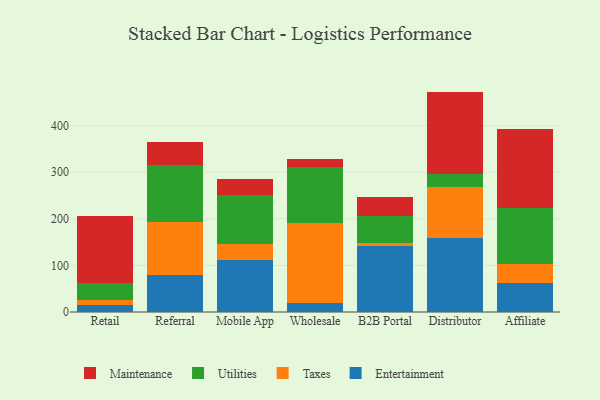
{"axis": {"x": "Channel", "y": "Net Income (USD K)"}, "legend": ["Entertainment", "Maintenance", "Taxes", "Utilities"], "data": [{"x": "Retail", "y": 14.4, "type": "Entertainment"}, {"x": "Retail", "y": 12.3, "type": "Taxes"}, {"x": "Retail", "y": 36.3, "type": "Utilities"}, {"x": "Retail", "y": 142.9, "type": "Maintenance"}, {"x": "Referral", "y": 78.6, "type": "Entertainment"}, {"x": "Referral", "y": 113.7, "type": "Taxes"}, {"x": "Referral", "y": 122.8, "type": "Utilities"}, {"x": "Referral", "y": 49.5, "type": "Maintenance"}, {"x": "Mobile App", "y": 111.7, "type": "Entertainment"}, {"x": "Mobile App", "y": 35.1, "type": "Taxes"}, {"x": "Mobile App", "y": 105.2, "type": "Utilities"}, {"x": "Mobile App", "y": 32.8, "type": "Maintenance"}, {"x": "Wholesale", "y": 20.1, "type": "Entertainment"}, {"x": "Wholesale", "y": 171.8, "type": "Taxes"}, {"x": "Wholesale", "y": 118.4, "type": "Utilities"}, {"x": "Wholesale", "y": 17.1, "type": "Maintenance"}, {"x": "B2B Portal", "y": 141.8, "type": "Entertainment"}, {"x": "B2B Portal", "y": 5.6, "type": "Taxes"}, {"x": "B2B Portal", "y": 58.7, "type": "Utilities"}, {"x": "B2B Portal", "y": 40.5, "type": "Maintenance"}, {"x": "Distributor", "y": 159.0, "type": "Entertainment"}, {"x": "Distributor", "y": 110.3, "type": "Taxes"}, {"x": "Distributor", "y": 26.9, "type": "Utilities"}, {"x": "Distributor", "y": 176.8, "type": "Maintenance"}, {"x": "Affiliate", "y": 61.5, "type": "Entertainment"}, {"x": "Affiliate", "y": 41.6, "type": "Taxes"}, {"x": "Affiliate", "y": 120.1, "type": "Utilities"}, {"x": "Affiliate", "y": 170.1, "type": "Maintenance"}]}